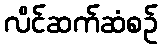
လိင်ဆက်ဆံစဉ်